Civil Veterinary Department Bengal reports 1923-33 - 1923-1933
Year: 1923
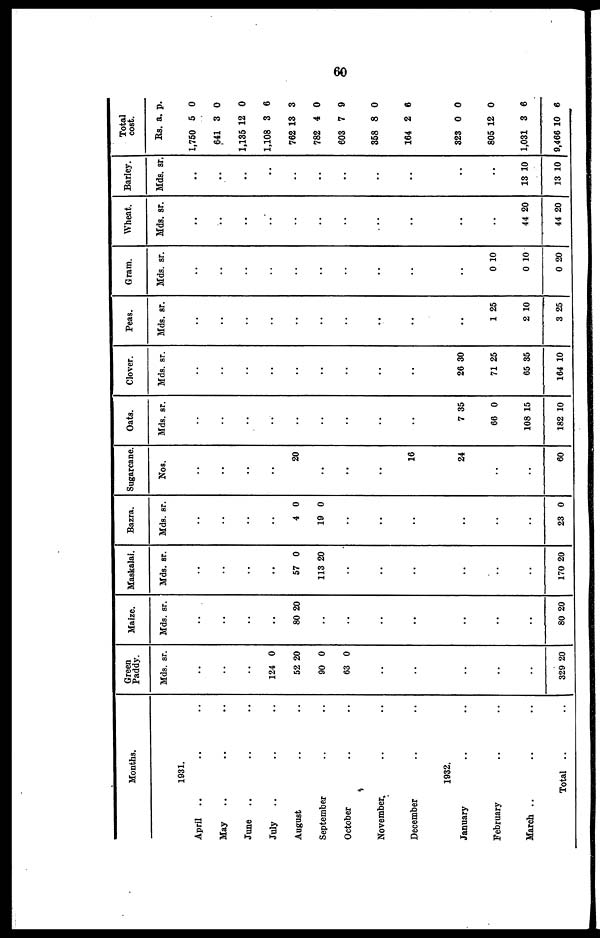
60
Months.
1931.
April .. .. ..
May .. .. ..
June .. .. ..
July .. .. ..
August .. .. ..
September .. ..
October .. ..
November .. ..
December .. ..
1932.
January .. ..
February .. ..
March .. .. ..
Total .. .. ..
Green
Paddy.
Mds. sr.
..
..
..
124 0
52 20
90 0
63 0
..
..
..
..
..
329 20
Maize.
Mds. sr.
..
..
..
..
80 20
..
..
..
....
..
..
..
80 20
Maskalai.
Mds. sr.
..
..
..
..
57 0
113 20
..
..
..
..
..
..
170 20
Bazra.
Mds. sr.
..
..
..
..
4 0
19 0
..
..
..
..
..
..
23 0
Sugarcane.
Nos.
..
..
..
..
20
..
..
..
16
24
..
..
60
Oats.
Mds. sr.
..
..
..
..
..
..
..
..
..
7 35
66 0
108 15
182 10
Clover.
Mds. sr.
..
..
..
..
..
..
..
..
..
26 30
71 25
65 35
164 10
Peas.
Mds. sr.
..
..
..
..
..
..
..
..
..
..
1 25
2 10
3 25
Gram.
Mds. sr.
..
..
..
..
..
..
..
..
..
..
0 10
0 10
0 20
Wheat.
Mds. sr.
..
..
..
..
..
..
..
..
..
..
..
44 20
44 20
Barley.
Mds. sr.
..
..
..
..
..
..
..
..
..
..
..
13 10
13 10
Total
cost.
Rs. a. p.
1,750 5 0
641 3 0
1,135 12 0
1,108 3 6
762 13 3
782 4 0
603 7 9
358 8 0
164 2 6
323 0 0
805 12 0
1,031 3 6
9,466 10 6